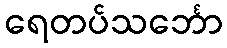
ရေတပ်သင်္ဘော